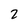
Character: 2